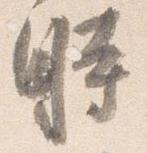
時